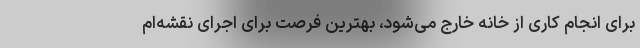
برای انجام کاری از خانه خارج می‌شود، بهترین فرصت برای اجرای نقشه‌ام